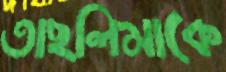
তাছলিমাকে